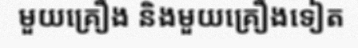
មួយគ្រឿង និងមួយគ្រឿងទៀត